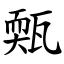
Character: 㼲